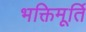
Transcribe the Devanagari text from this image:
भक्तिमूर्ति